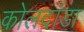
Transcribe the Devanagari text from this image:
कोलदांडा